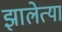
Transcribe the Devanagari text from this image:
झालेत्या